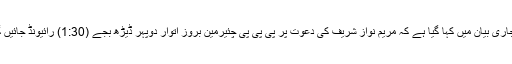
پاکستان مسلم لیگ ن کے سماجی رابطے کی ویب سائٹ ٹوئٹر پر جاری بیان میں کہا گیا ہے کہ مریم نواز شریف کی دعوت پر پی پی پی چئیرمین بروز اتوار دوپہر ڈیڑھ بجے (1:30) رائیونڈ جائیں گے اس موقع پر دونوں جانب سے چند قریبی رفقا شریک ہوں گے۔